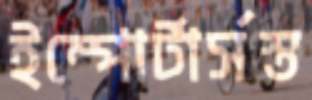
ইম্পোর্টার্সস্ত